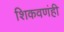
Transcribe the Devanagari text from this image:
शिकवणंही